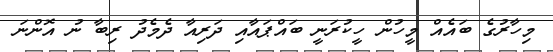
މިހާރުގެ ބައެއް މީހުން ހީކުރަނީ ބައްޕައާއި ދަރިއާ ދެމެދު ރިބާ ނު އޮންނަ